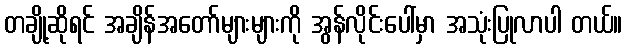
တချို့ဆိုရင် အချိန်အတော်များများကို အွန်လိုင်းပေါ်မှာ အသုံးပြုလာပါ တယ်။